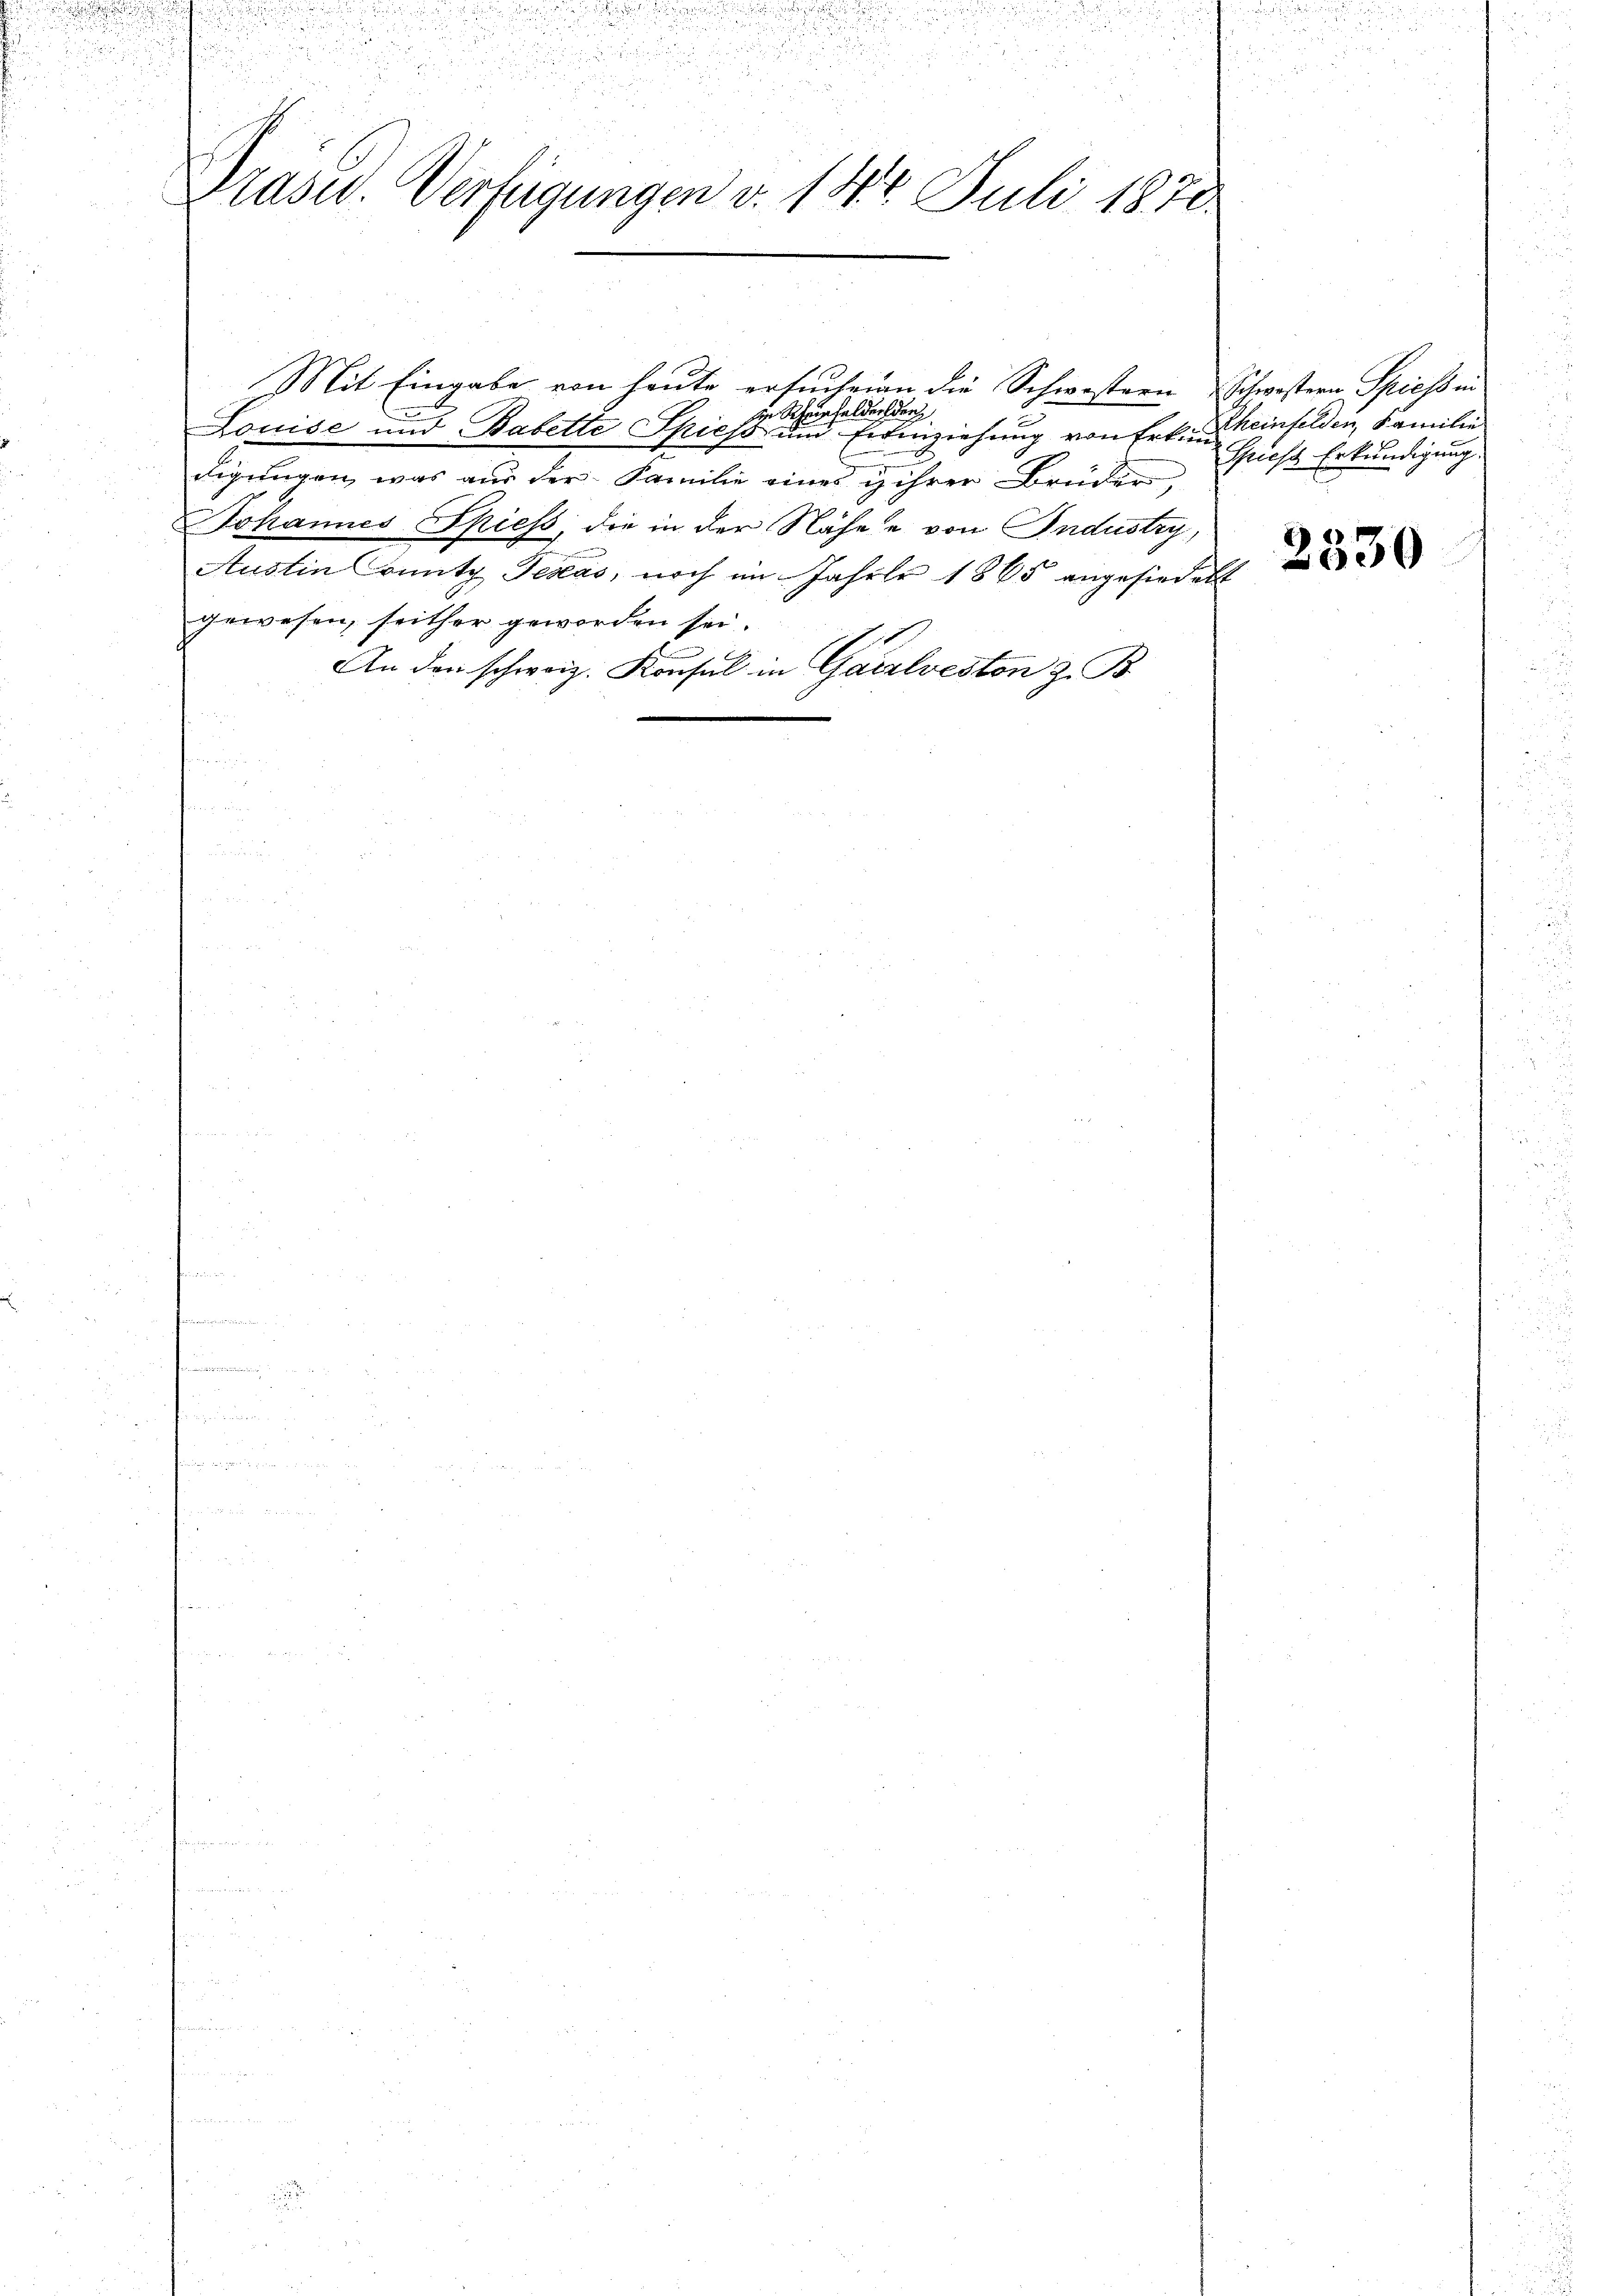
r

d

Präsid. Verfügungen v. 147. Juli 1878

u

Mit Eingabe von heute ersuchein die Schwestern Schwestern Spiess in
Ein Scheinfelder der
Louise und Babette Spiess und Erinziehung von Erkann Weinfelden, Familie
digungen, was aus der Familie eines u ihrer Brüder,
Johannes Spiess, die in der Nähe u von Industry,
Austin County Texas, noch im Jahre 1865 angesiedet
gewesen, seither geworden sei.
1
An den schweiz. Konsul in Garzlveston z. B.

Spiess Erkundigung.

2330